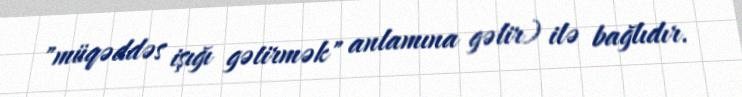
"müqəddəs işığı gətirmək" anlamına gəlir) ilə bağlıdır.